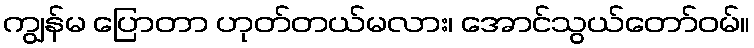
ကျွန်မ ပြောတာ ဟုတ်တယ်မလား၊ အောင်သွယ်တော်ဝမ်။